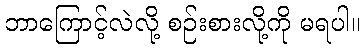
ဘာကြောင့်လဲလို့ စဉ်းစားလို့ကို မရပါ။